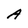
Character: A